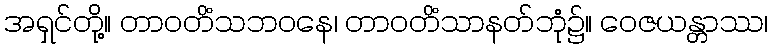
အရှင်တို့။ တာဝတိံသဘဝနေ၊ တာဝတိံသာနတ်ဘုံ၌။ ဝေဇယန္တာဿ၊